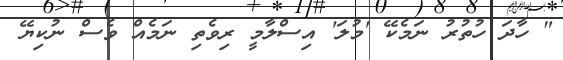
" ހާދަ ހުތުރު ނަމެކޭ 'މުލަ' އިސްލާމީ ރިވެތި ނަމެއް ވެސް ނުކިޔޭ